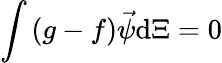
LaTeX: \int{(g-f)\vec{\psi}\mathrm{d}\Xi}=0